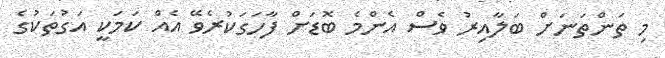
މި ތަންތަނަށް ބަލާއިރު ވެސް އެންމެ ބޮޑަށް ފާހަގަކުރެވޭ އެއް ކަމަކީ އަގުތަކުގެ